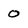
Character: 0